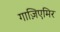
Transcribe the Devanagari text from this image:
गाज़िएमिर